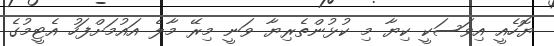
ޔޮހެއީ އިވަސަކީ ކިޔާ މި ކުޅުންތެރިޔާ ވަނީ މިރޭ މާލެ އައުމަށްފަހު އެޓީމުގެ